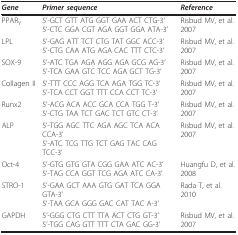
<table><thead><tr><td><b><i>Gene</i></b></td><td><b><i>Primer sequence</i></b></td><td><b><i>Reference</i></b></td></tr></thead><tbody><tr><td>PPAR<sub>Y</sub></td><td>5&#x27;-GCT GTT ATG GGT GAA ACT CTG-3&#x27;5&#x27;-CTC GGA CGT AGA GGT GGA ATA-3&#x27;</td><td>Risbud MV, et al. 2007</td></tr><tr><td>LPL</td><td>5&#x27;-GAG ATT TCT CTG TAT GGC ACC-3&#x27;5&#x27;-CTG CAA ATG AGA CAC TTT CTC-3&#x27;</td><td>Risbud MV, et al. 2007</td></tr><tr><td>SOX-9</td><td>5&#x27;-ATC TGA AGA AGG AGA GCG AG-3&#x27;5&#x27;-TCA GAA GTC TCC AGA GCT TG-3&#x27;</td><td>Risbud MV, et al. 2007</td></tr><tr><td>Collagen II</td><td>5&#x27;-TTT CCC AGG TCA AGA TGG TC-3&#x27;5&#x27;-TCA CCT GGT TTT CCA CCT TC-3&#x27;</td><td>Risbud MV, et al. 2007</td></tr><tr><td>Runx2</td><td>5&#x27;-ACG ACA ACC GCA CCA TGG T-3&#x27;5&#x27;-CTG TAA TCT GAC TCT GTC CT-3&#x27;</td><td>Risbud MV, et al. 2007</td></tr><tr><td>ALP</td><td>5&#x27;-TGG AGC TTC AGA AGC TCA ACA CCA-3&#x27;5&#x27;-ATC TCG TTG TCT GAG TAC CAG TCC-3&#x27;</td><td>Risbud MV, et al. 2007</td></tr><tr><td>Oct-4</td><td>5&#x27;-GTG GTG GTA CGG GAA ATC AC-3&#x27;5&#x27;-TAG CCA GGT TCG AGA ATC CA-3&#x27;</td><td>Huangfu D, et al. 2008</td></tr><tr><td>STRO-1</td><td>5&#x27;-GAA GCT AAA GTG GAT TCA GGA GTA-3&#x27;5&#x27;-TAA GCA GGG GAC CAT TAC A-3&#x27;</td><td>Rada T, et al. 2010</td></tr><tr><td>GAPDH</td><td>5&#x27;-GGG CTG CTT TTA ACT CTG GT-3&#x27;5&#x27;-TGG CAG GTT TTT CTA GAC GG-3&#x27;</td><td>Risbud MV, et al. 2007</td></tr></tbody></table>